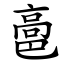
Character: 䯩